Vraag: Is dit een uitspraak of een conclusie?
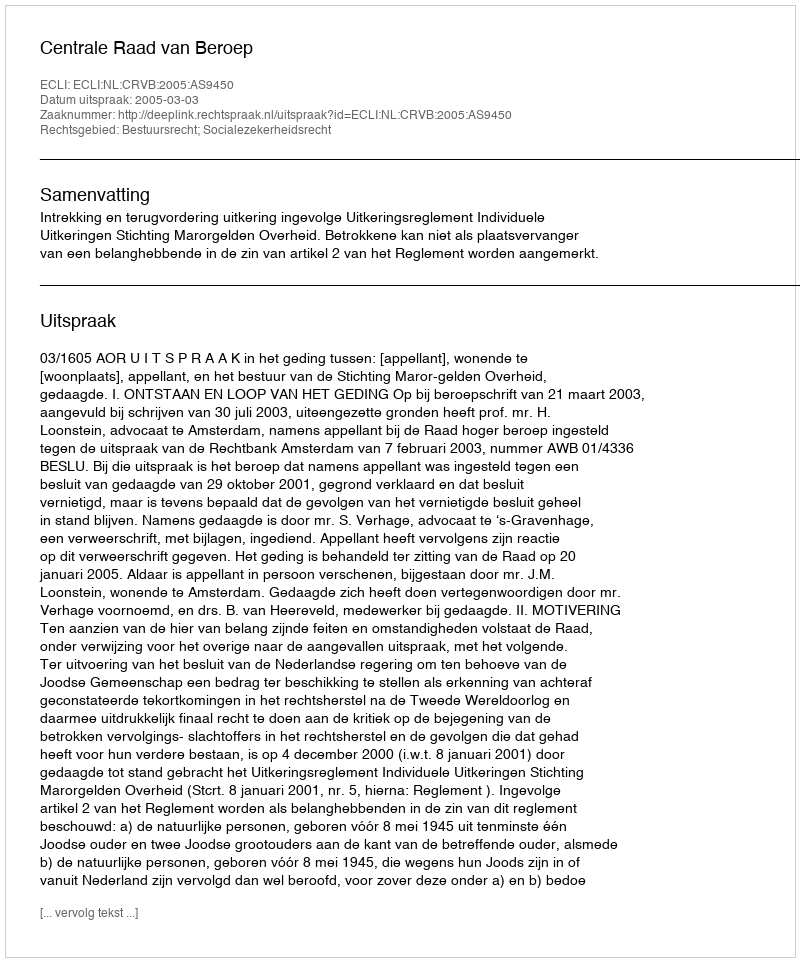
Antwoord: Uitspraak